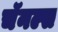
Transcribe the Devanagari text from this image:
चॅनल्स